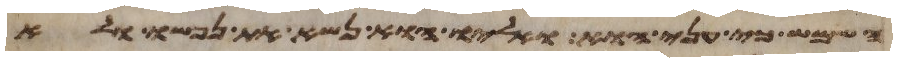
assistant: השמש כי עני הוא ואליו הוא נשא את נפשו ולא